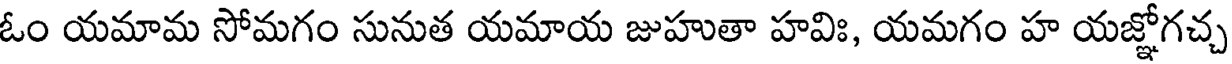
ఓం యమామ సోమగం సునుత యమాయ జుహుతా హవిః, యమగం హ యజ్ఞోగచ్చ